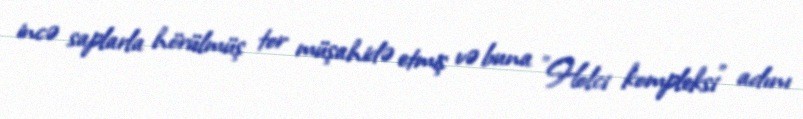
incə saplarla hörülmüş tor müşahidə etmiş və buna "Holci kompleksi" adını